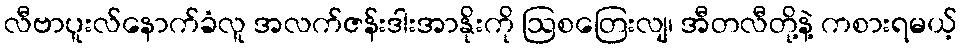
လီဗာပူးလ်နောက်ခံလူ အလက်ဇန်းဒါးအာနိုးကို ဩစတြေးလျ၊ အီတလီတို့နဲ့ ကစားရမယ့်